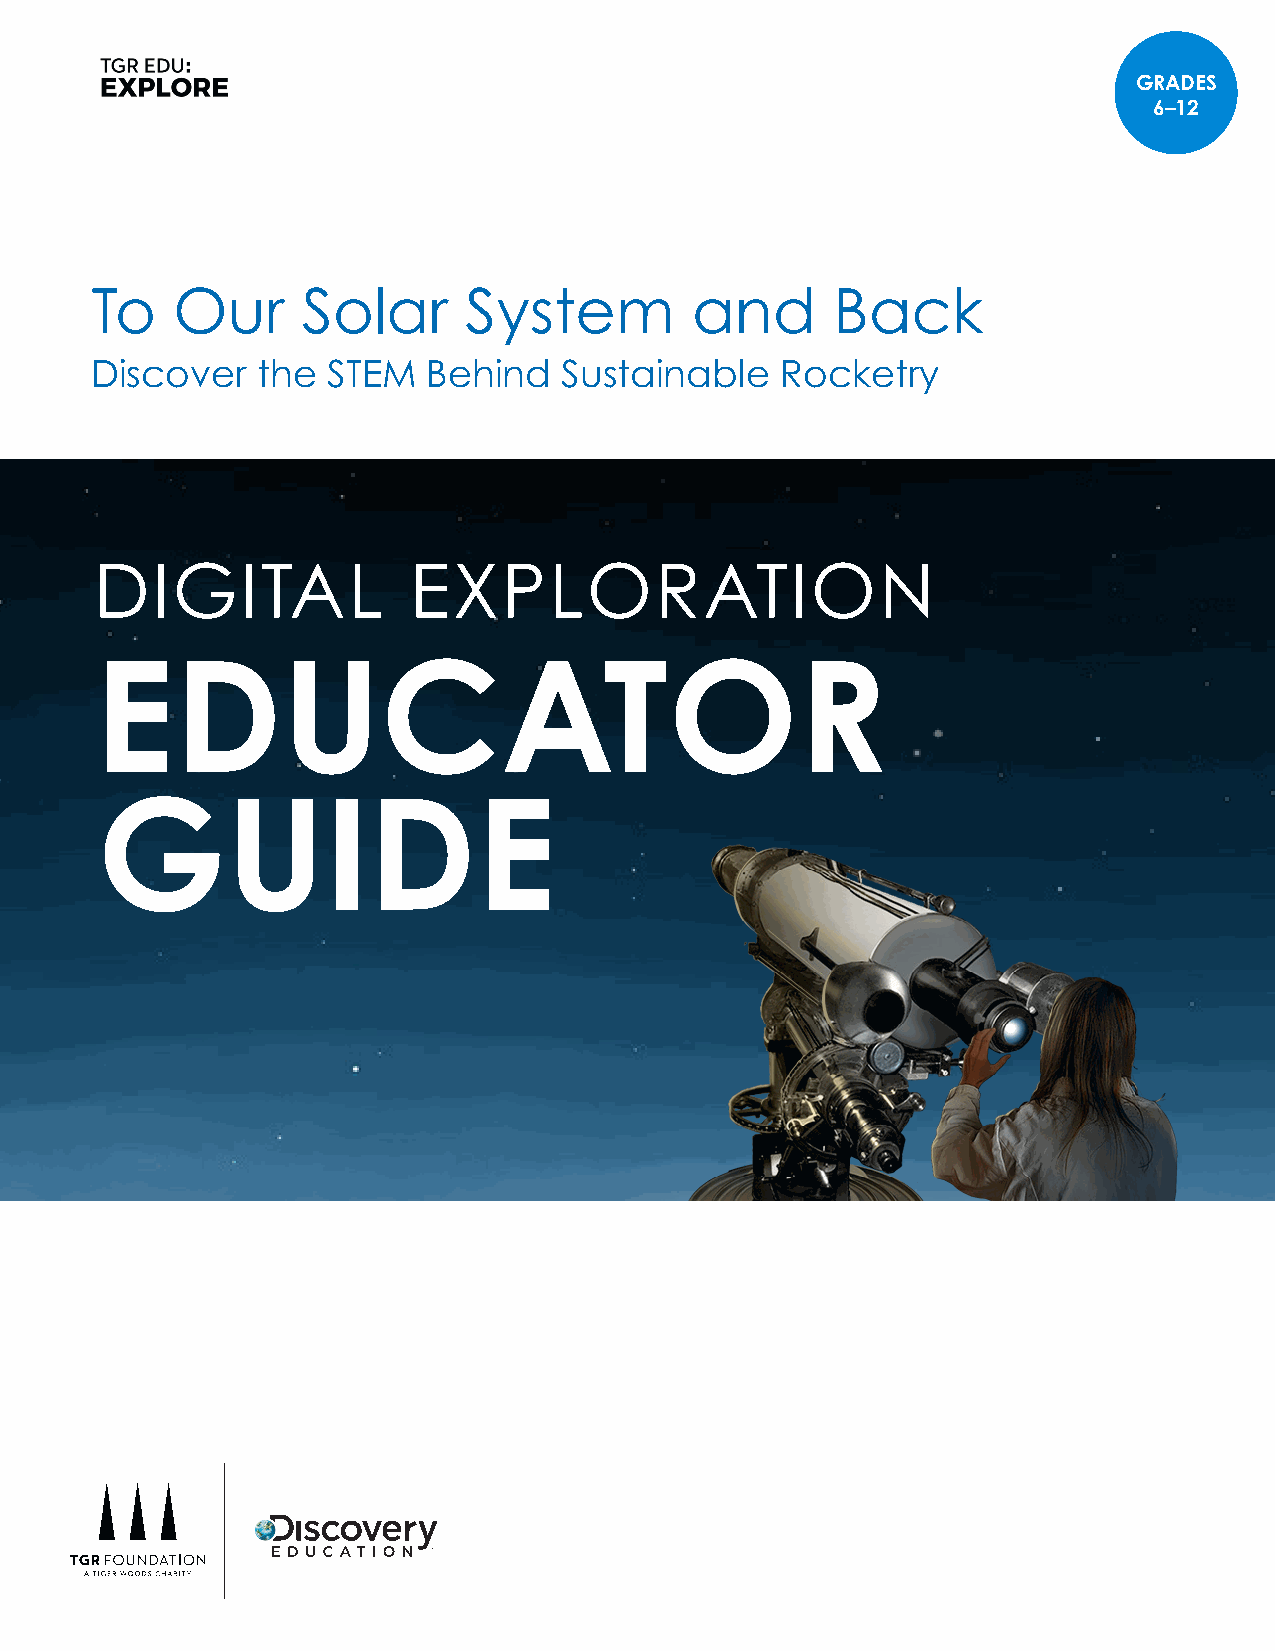
GRADES
 6–12
 To   Our      Solar      System         and      Back
 Discover   the  STEM  Behind   Sustainable    Rocketry
 DIGITAL              EXPLORATION
 EDUCATOR
 GUIDE